Lunatic asylums Central Provinces reports 1910-1926 - 1910-1926
Year: 1910
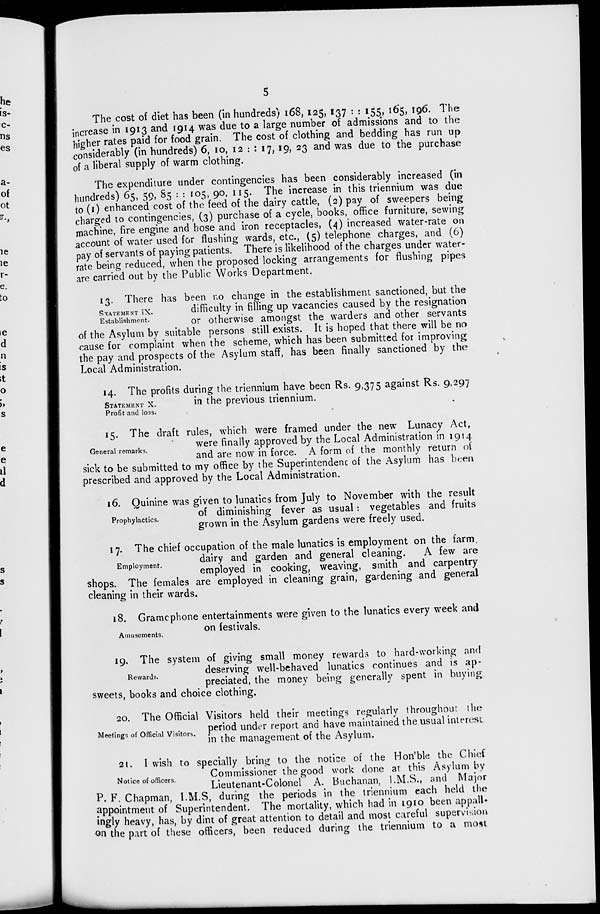
5
The cost of diet has been (in hundreds) 168, 125, 137 : : 155, 165, 196. The
increase in 1913 and 1914 was due to a large number of admissions and to the
higher rates paid for food grain. The cost of clothing and bedding has run up
considerably (in hundreds) 6, 10, 12 : : 17, 19, 23 and was due to the purchase
of a liberal supply of warm clothing.
The expenditure under contingencies has been considerably increased (in
hundreds) 65, 59, 85 : : 105, 90, 115. The increase in this triennium was due
to (1) enhanced cost of the feed of the dairy cattle, (2) pay of sweepers being
charged to contingencies, (3) purchase of a cycle, books, office furniture, sewing
machine, fire engine and hose and iron receptacles, (4) increased water-rate on
account of water used for flushing wards, etc., (5) telephone charges, and (6)
pay of servants of paying patients. There is likelihood of the charges under water-
rate being reduced, when the proposed locking arrangements for flushing pipes
are carried out by the Public Works Department.
STATEMENT IX.
Establishment.
13. There has been no change in the establishment sanctioned, but the
difficulty in filling up vacancies caused by the resignation
or otherwise amongst the warders and other servants
of the Asylum by suitable persons still exists. It is hoped that there will be no
cause for complaint when the scheme, which has been submitted for improving
the pay and prospects of the Asylum staff, has been finally sanctioned by the
Local Administration.
STATEMENT X.
Profit and loss.
14. The profits during the triennium have been Rs. 9,375 against Rs. 9,297
in the previous triennium.
General remarks.
15. The draft rules, which were framed under the new Lunacy Act,
were finally approved by the Local Administration in 1914
and are now in force. A form of the monthly return of
sick to be submitted to my office by the Superintendent of the Asylum has been
prescribed and approved by the Local Administration.
Prophylactics.
16. Quinine was given to lunatics from July to November with the result
of diminishing fever as usual: vegetables and fruits
grown in the Asylum gardens were freely used.
Employment.
17. The chief occupation of the male lunatics is employment on the farm
dairy and garden and general cleaning.
A few are
employed in cooking, weaving, smith and carpentry
shops. The females are employed in cleaning grain, gardening and general
cleaning in their wards.
Amusements.
18. Gramophone entertainments were given to the lunatics every week and
on festivals.
Rewards.
19. The system of giving small money rewards to hard-working and
deserving well-behaved lunatics continues and is ap-
preciated, the money being generally spent in buying
sweets, books and choice clothing.
Meetings of Official Visitors.
20. The Official Visitors held their meetings regularly throughout the
period under report and have maintained the usual interest
in the management of the Asylum.
Notice of officers.
21. I wish to specially bring to the notice of the Hon'ble the Chief
Commissioner the good work done at this Asylum by
Lieutenant-Colonel A. Buchanan, I.M.S., and Major
P. F. Chapman, I.M.S, during the periods in the triennium each held the
appointment of Superintendent. The mortality, which had in 1910 been appall-
ingly heavy, has, by dint of great attention to detail and most careful supervision
on the part of these officers, been reduced during the triennium to a most